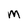
Character: M